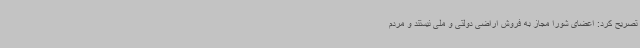
تصریح کرد: اعضای شورا مجاز به فروش اراضی دولتی و ملی نیستند و مردم